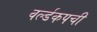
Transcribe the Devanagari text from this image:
वर्ल्डकपची